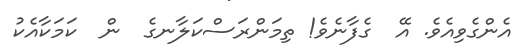
އެންގެވިއެވެ. އޭ  ގެފާނެވެ! ތިމަންރަސްކަލާނގެ  ން  ކަމަކާއެކު